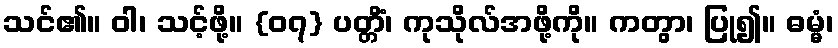
သင်၏။ ဝါ၊ သင့်ဖို့။ {၀၇} ပတ္တိံ၊ ကုသိုလ်အဖို့ကို။ ကတွာ၊ ပြု၍။ ဓမ္မံ၊